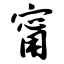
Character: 甯